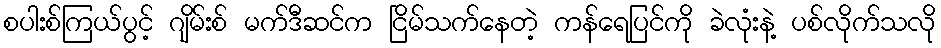
စပါးစ်ကြယ်ပွင့် ဂျိမ်းစ် မက်ဒီဆင်က ငြိမ်သက်နေတဲ့ ကန်ရေပြင်ကို ခဲလုံးနဲ့ ပစ်လိုက်သလို